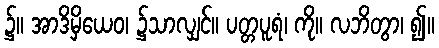
၌။ အာဒိမှိယေဝ၊ ၌သာလျှင်။ ပတ္တပူရံ၊ ကို။ လဘိတွာ၊ ၍။